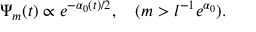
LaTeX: \Psi _ { m } ( t ) \propto e ^ { - \alpha _ { 0 } ( t ) / 2 } , \quad ( m > l ^ { - 1 } e ^ { \alpha _ { 0 } } ) .